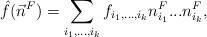
LaTeX: \begin{align*}\hat{f}(\vec{n}^F)=\sum_{i_1,...,i_k}f_{i_1,...,i_k}n_{i_1}^F...n_{i_k}^F,\end{align*}